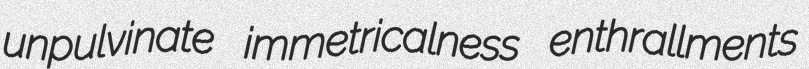
unpulvinate immetricalness enthrallments